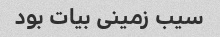
سیب زمینی بیات بود